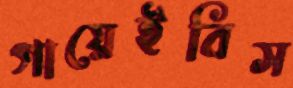
গায়েইবিস